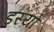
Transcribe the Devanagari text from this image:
डस्यो